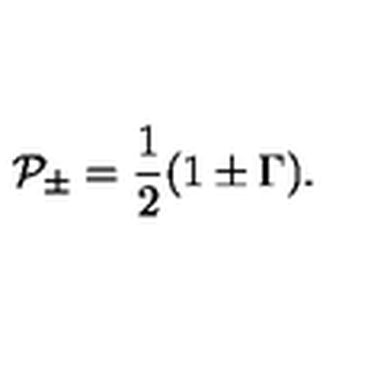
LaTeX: { \cal P } _ { \pm } = \frac { 1 } { 2 } ( 1 \pm \Gamma ) .